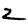
Digit: 2